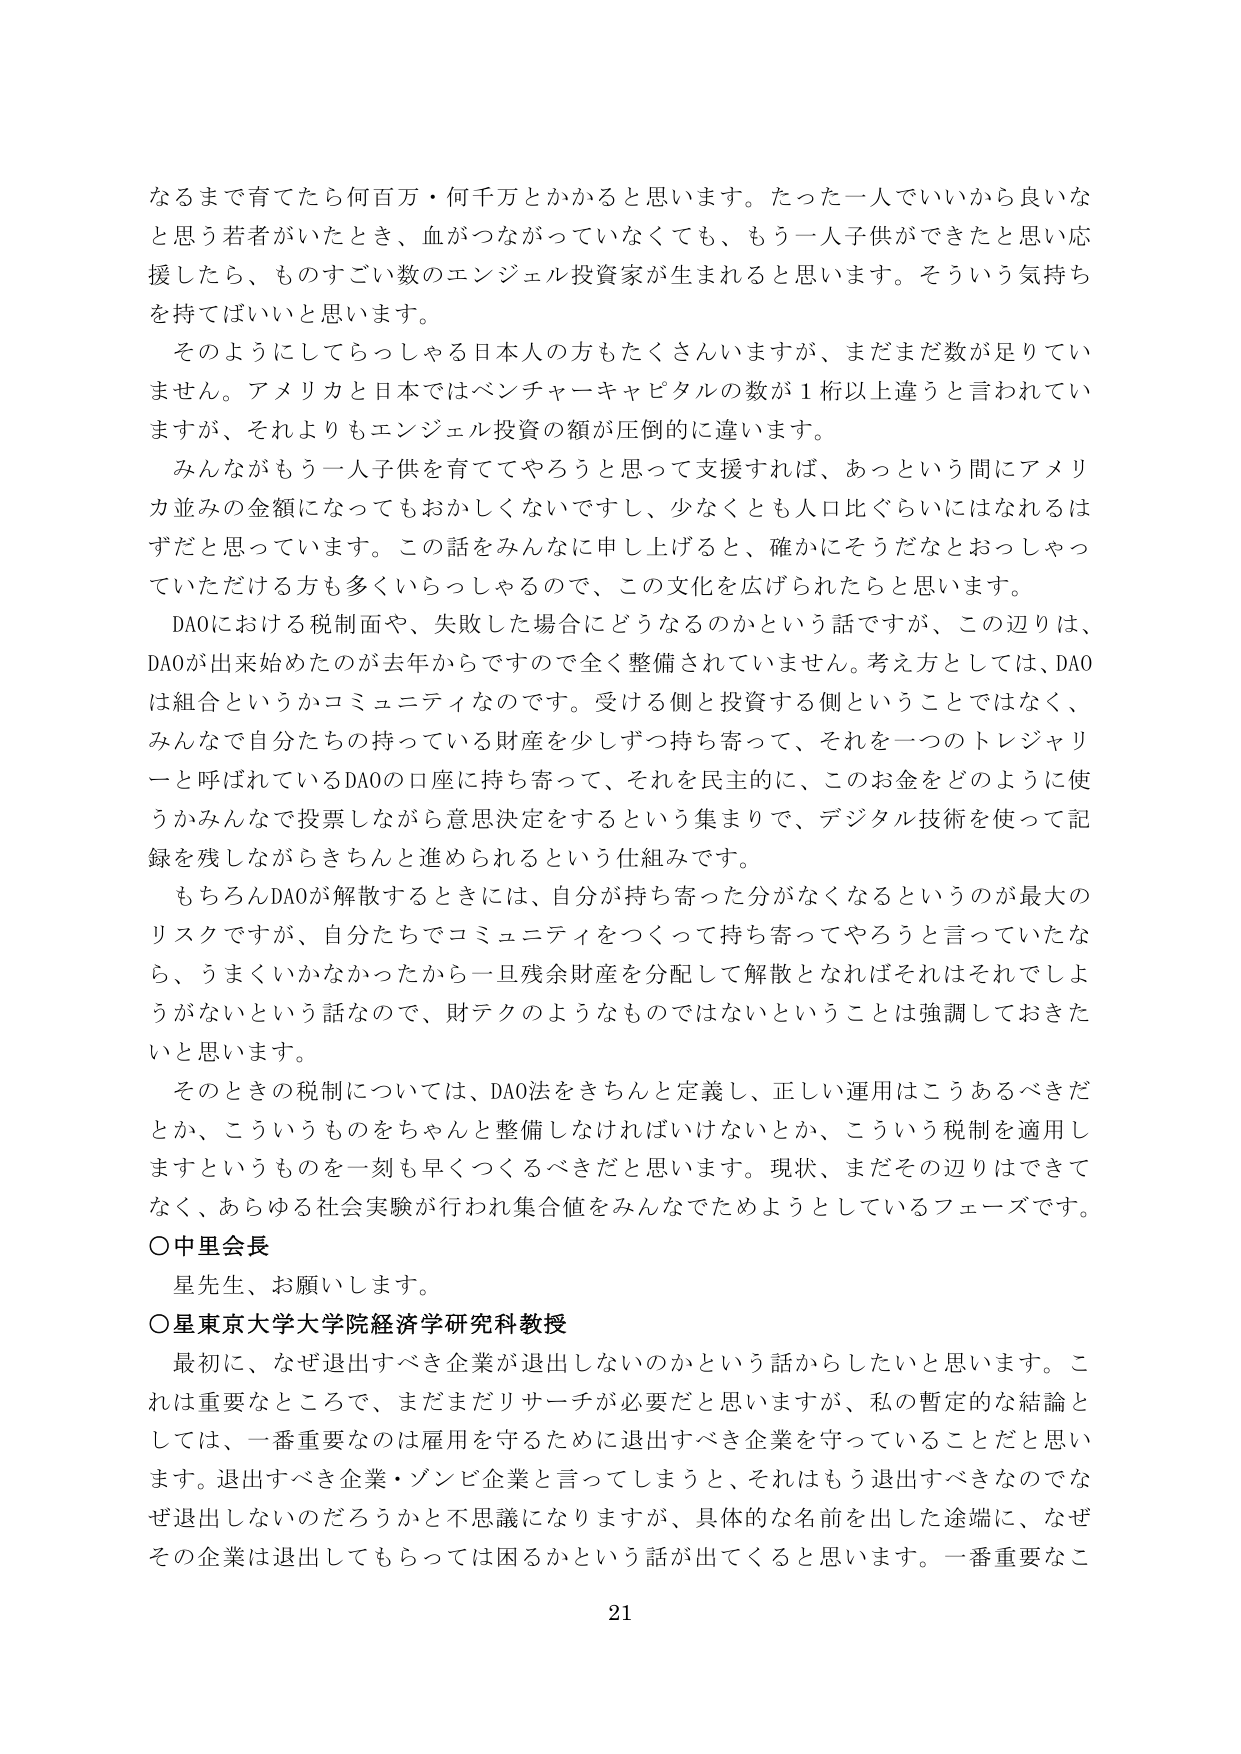
なるまで育てたら何百万・何千万とかかると思います。たった一人でいいから良いなと思う若者がいたとき、血がつながっていなくても、もう一人子供ができたと思い応援したら、ものすごい数のエンジェル投資家が生まれると思います。そういう気持ちを持てばいいと思います。

そのようにしてらっしゃる日本人の方もたくさんいますが、まだまだ数が足りていません。アメリカと日本ではベンチャーキャピタルの数が1桁以上違うと言われていますが、それよりもエンジェル投資の額が圧倒的に違います。

みんながもう一人子供を育ててやろうと思って支援すれば、あっという間にアメリカ並みの金額になってもおかしくないですし、少なくとも人口比ぐらいにはなれるはずだと思っています。この話をみんなに申し上げると、確かにそうだなとおっしゃっていただける方も多くいらっしゃるので、この文化を広げられたらと思います。

DAOにおける税制面や、失敗した場合にどうなるのかという話ですが、この辺りは、DAOが出来始めたのが去年からですので全く整備されていません。考え方としては、DAOは組合というかコミュニティなのです。受ける側と投資する側ということではなく、みんなで自分たちの持っている財産を少しずつ持ち寄って、それを一つのトレジャリーと呼ばれているDAOの口座に持ち寄って、それを民主的に、このお金をどのように使うかみんなで投票しながら意思決定をするという集まりで、デジタル技術を使って記録を残しながらきちんと進められるという仕組みです。

もちろんDAOが解散するときには、自分が持ち寄った分がなくなるというのが最大のリスクですが、自分たちでコミュニティをつくって持ち寄ってやろうと言っていたなら、うまくいかなかったから一旦残余財産を分配して解散となればそれはそれでよろがないという話なので、財テクのようなものではないということは強調しておきたいと思います。

そのときの税制については、DAO法をきちんと定義し、正しい運用はこうあるべきだとか、こういうものをちゃんと整備しなければいけないとか、こういう税制を適用しますというものを一刻も早くつくるべきだと思います。現状、まだその辺りはできてなく、あらゆる社会実験が行われ集合値をみんなでためようとしているフェーズです。

○中里会長
星先生、お願いします。

○星東京大学大学院経済学研究科教授
最初に、なぜ退出すべき企業が退出しないのかという話からしたいと思います。これは重要なところで、まだまだリサーチが必要だと思いますが、私の暫定的な結論としては、一番重要なのは雇用を守るために退出すべき企業を守っていることだと思います。退出すべき企業・ゾンビ企業と言ってしまうと、それはもう退出すべきなのになぜ退出しないのだろうかと不思議になりますが、具体的な名前を出した途端に、なぜその企業は退出してもらっては困るかという話が出てくると思います。一番重要なこ

21